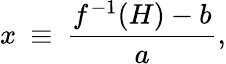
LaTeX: x\: \equiv\: \frac{f^{-1}(H)-b}{a},